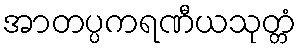
အာတပ္ပကရဏီယသုတ္တံ